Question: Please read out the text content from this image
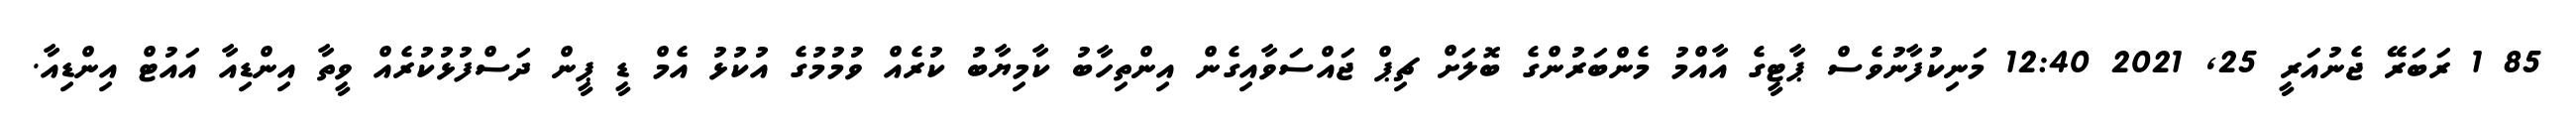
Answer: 85 1 ރަބަރޭ ޖެނުއަރީ 25, 2021 12:40 މަނިކުފާނުވެސް ޕާޓީގެ އާއްމު މެންބަރުންގެ ބޮލަށް ޗިޕް ޖައްސަވާއިގެން އިންތިހާބު ކާމިޔާބު ކުރެއް ވުމުމުގެ އުކުޅު އެމް ޑީ ޕީން ދަސްފުޅުކުރެއް ވީތާ އިންޑިއާ އައުޓް އިންޑިއާ.